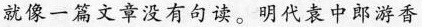
就像一篇文章没有句读。明代袁中郎游香